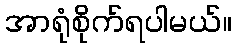
အာရုံစိုက်ရပါမယ်။